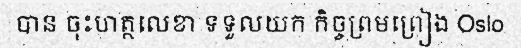
បាន ចុះហត្ថលេខា ទទួលយក កិច្ចព្រមព្រៀង Oslo